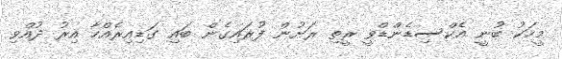
މީހަކު ބުނީ އެކްސިޑެންޑްވީ ރީތި ރަށުން ފުރައިގެން ބައި ގަޑިއިރެއްހާ އިރު ދުއްވި